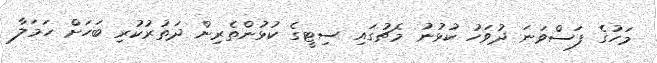
މަހުގެ ފަސްވަނަ ދުވަހު ކުޅުނު މެޗުގައި ސިޓީގެ ކުޅުންތެރިން ދަތުރުކުރި ބަހަށް ހަމަލާ